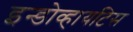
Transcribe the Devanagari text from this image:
इन्डोव्हायटिस